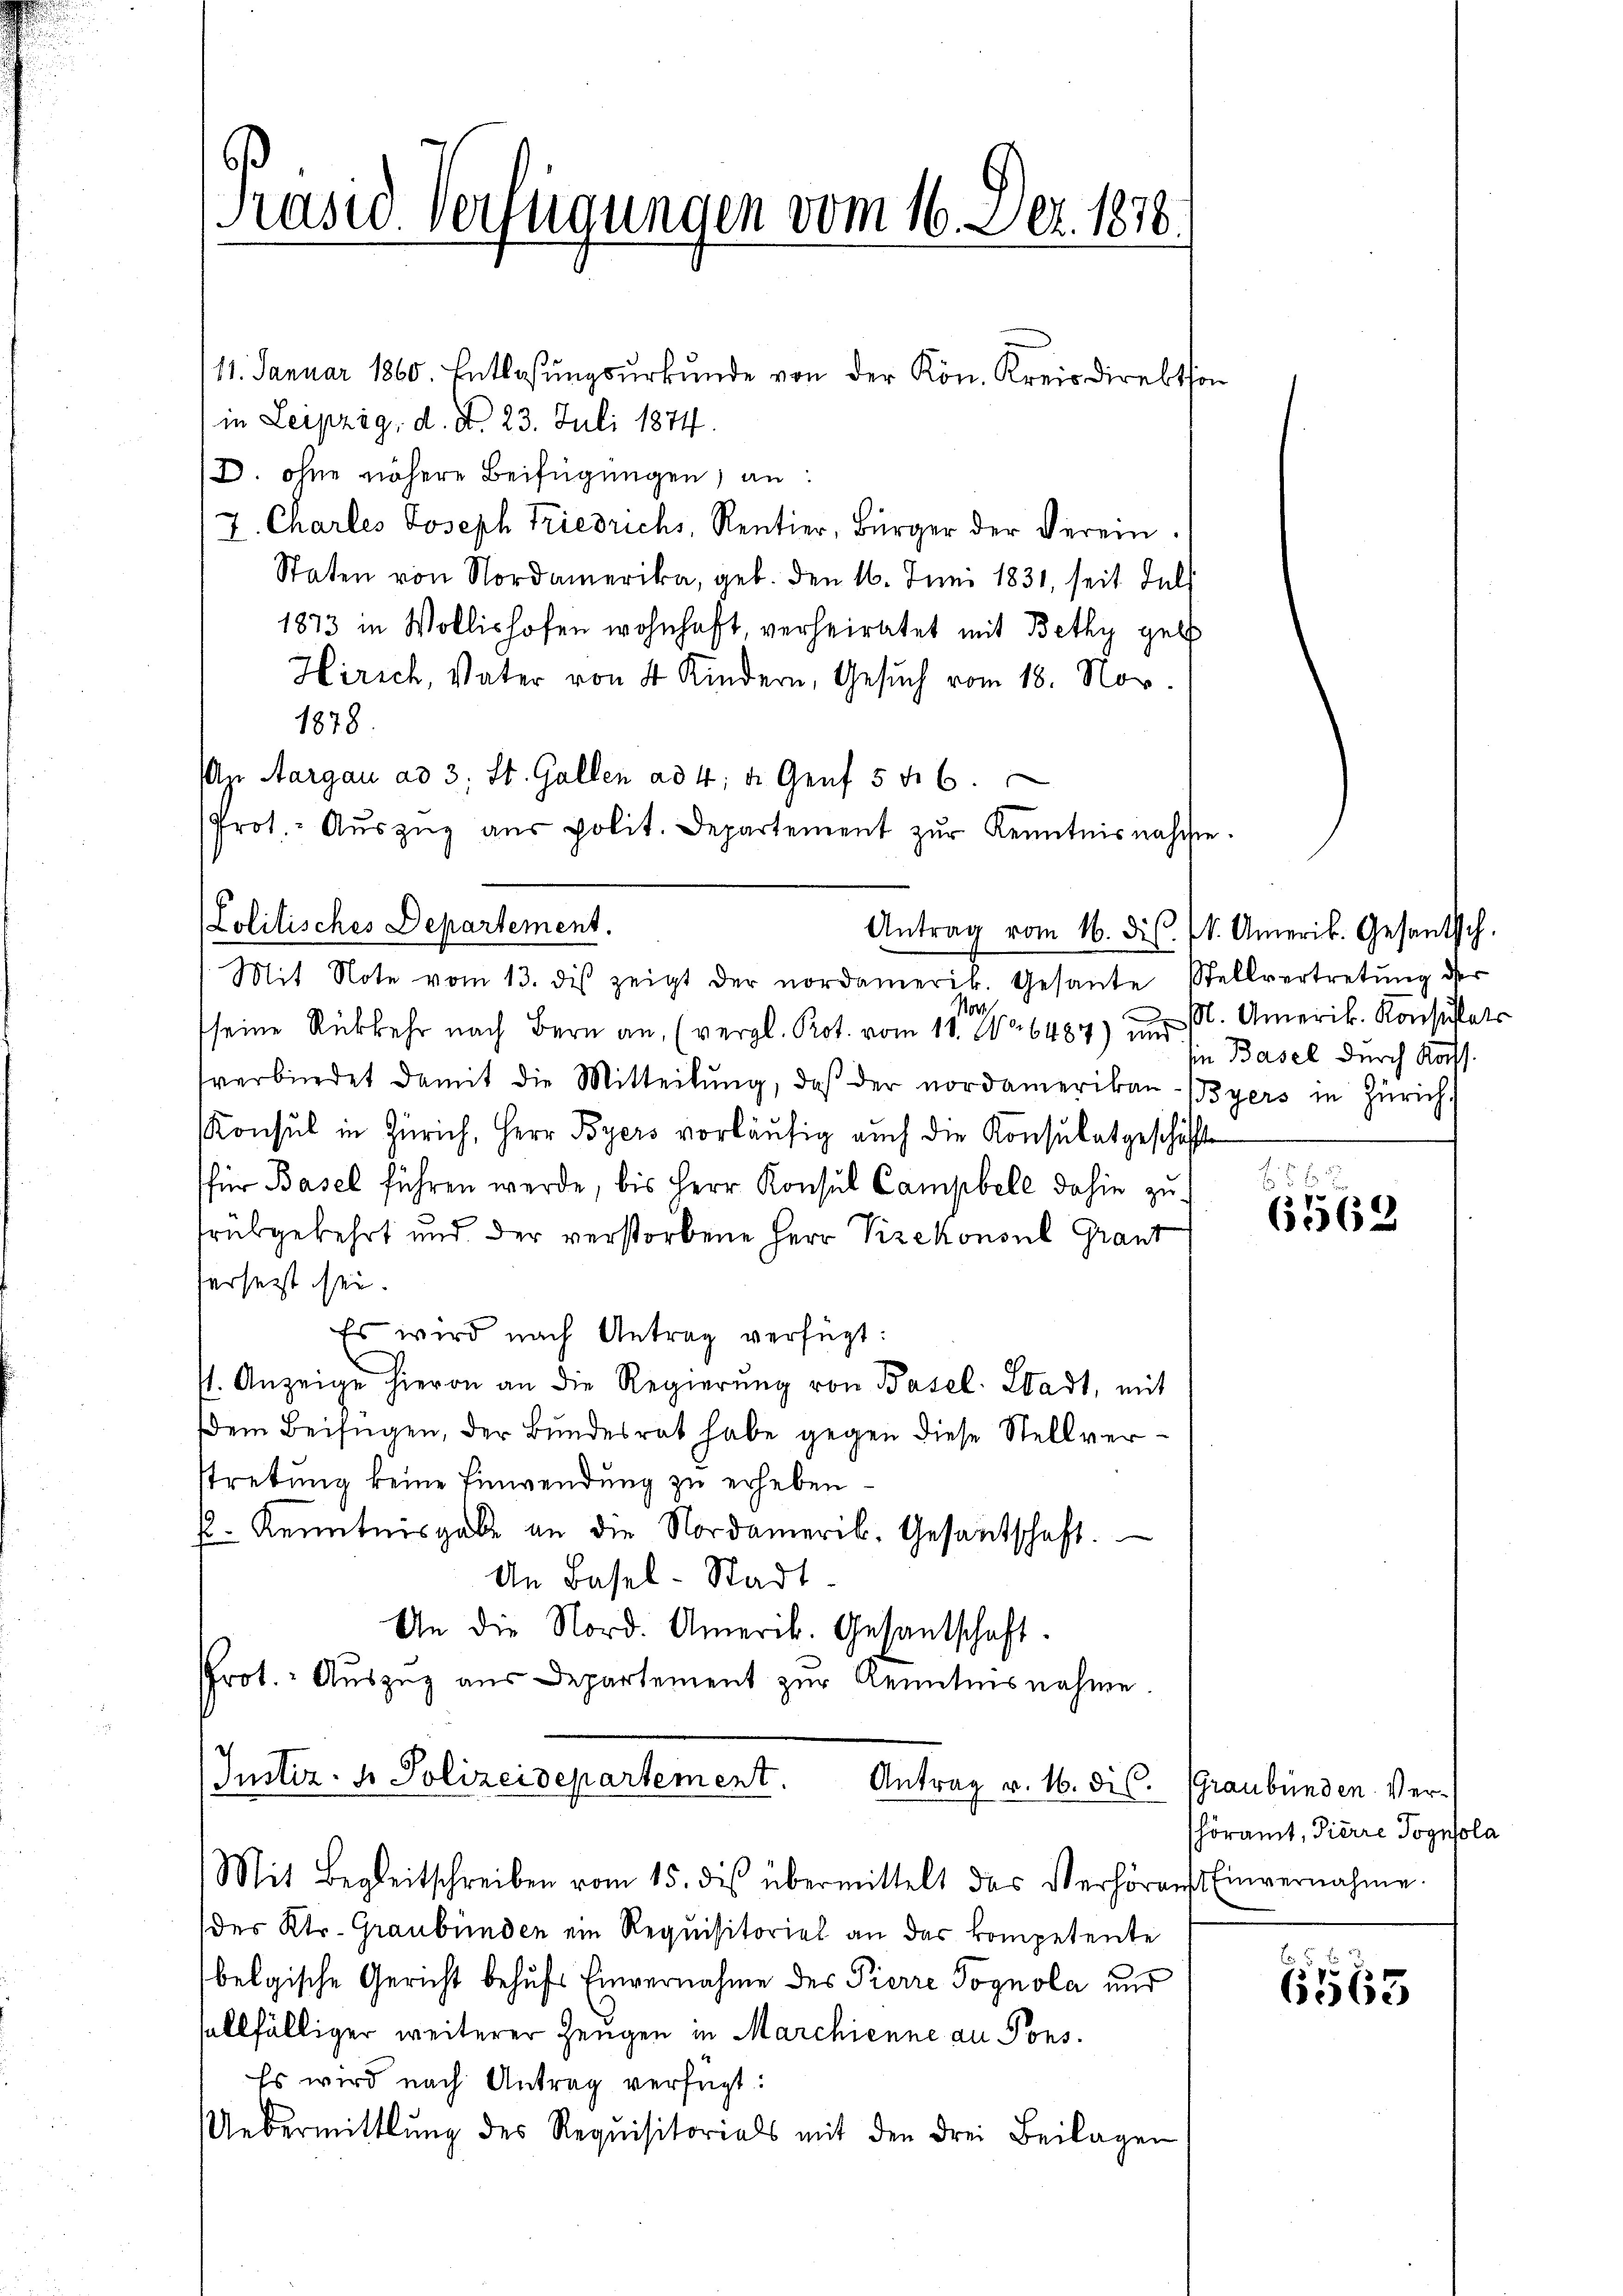
11. Januar 1860. Entlasŭngsŭrkŭnde von der Kön. Kreisdirektion
in Leipzig, d. d. 23. Juli 1874.
D. ohne nähere Beifügungen, an:
7. Charles Joseph Friedrichs, Rentier, Bürger der Verein.
Staten von Nordamerika, geb. den 16. Juni 1831, seit Fels
1873 in Wollishofen wohnhaft verheiratet mit Bethy geb
Hirich, Vater von 4 Kindern, Gesuch vom 18. Nov.
1878.
Apr Aargau ad 3; St. Gallen ad 4. d. Genf 546.
Prot. - Aŭszŭg aŭs polit. Departement zŭr Kenntnis nachte.
Mit Note vom 13. des zeigt der nordamerik. Gesante Stellvertretung der
No
s
seine Rückkehr nach Bern an, (vergl. Prot. vom 11. No 6487) und M. Amerik. Konsultats
verbindet damit die Mitteilŭng, daβ der nordamerikan-Byers in Zürich,
Konsul in Zürich, Herr Byers vorläufig auch die Konsulatgeschäft
für Basel führen werde, bis Herr Konsul Campbele dahin zu
rükgekehrt und der verstorbene Herr Vizekonsul Graut
hersetzt sei.
Es wird nach Antrag verfügt:
st. Anzeige hievon an die Regierŭng von Basel-Stadt, mit
dem Beifügen, der Bundesrat habe gegen diese Stellverstretung keine Einwendung zu erheben.
. Kenntnisgabe an die Nordamerik. Gesantschaft.
An Basel-Stadt
An die Nord. Amerik. Gesantschaft.
Prot. Aŭszŭg aŭs Departement zŭr Kenntnisnahme.
Justiz- & Polizeidepartement.
Antrag v. 16. dis.
Mit Begleitschreiben vom 15. des übermittelt das Verhören Einvernahme.
(des Kts. Graubünden ein Requisitorial an das kompetente
belgische Gericht behufs Einvernahme des Pierre Pognola und
sallfälliger weiterer Zeugen in Marchienne an Pons.
Es wird nach Antrag verfügt:
Uebermittlung des Requisitorials mit den drei Beilagen

Präsid. Verfügungen vom 16. Dez. 1876.

Lolitisches Departement.

Antrag vom 16. ds. k. Amerik. Gesantsch.

Basel durch Kass

56 x
6562

Graubünden Verhöramt, Pierre Pognola

6565